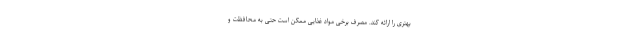
بهتری را ارائه کند. مصرف برخی مواد غذایی ممکن است حتی به محافظت و